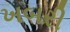
ખબરી